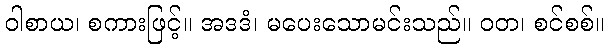
ဝါစာယ၊ စကားဖြင့်။ အဒဒံ၊ မပေးသောမင်းသည်။ ဝတ၊ စင်စစ်။